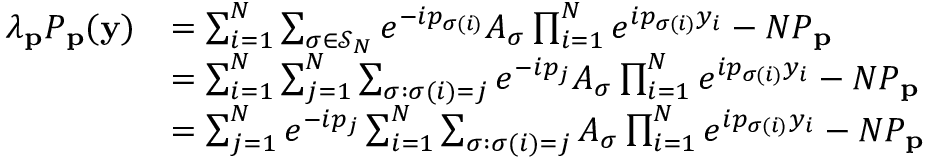
\begin{array} { r l } { \lambda _ { \mathbf { p } } P _ { \mathbf { p } } ( \mathbf { y } ) } & { = \sum _ { i = 1 } ^ { N } \sum _ { \sigma \in \mathcal { S } _ { N } } e ^ { - i p _ { \sigma ( i ) } } A _ { \sigma } \prod _ { i = 1 } ^ { N } e ^ { i p _ { \sigma ( i ) } y _ { i } } - N P _ { \mathbf { p } } } \\ & { = \sum _ { i = 1 } ^ { N } \sum _ { j = 1 } ^ { N } \sum _ { \sigma : \sigma ( i ) = j } e ^ { - i p _ { j } } A _ { \sigma } \prod _ { i = 1 } ^ { N } e ^ { i p _ { \sigma ( i ) } y _ { i } } - N P _ { \mathbf { p } } } \\ & { = \sum _ { j = 1 } ^ { N } e ^ { - i p _ { j } } \sum _ { i = 1 } ^ { N } \sum _ { \sigma : \sigma ( i ) = j } A _ { \sigma } \prod _ { i = 1 } ^ { N } e ^ { i p _ { \sigma ( i ) } y _ { i } } - N P _ { \mathbf { p } } } \end{array}